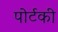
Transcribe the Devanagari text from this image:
पोर्टकी